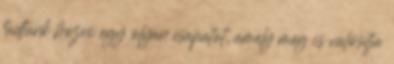
tudtunk hozni egy olyan csapatot, amely meg is valósítja